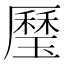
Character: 㻺